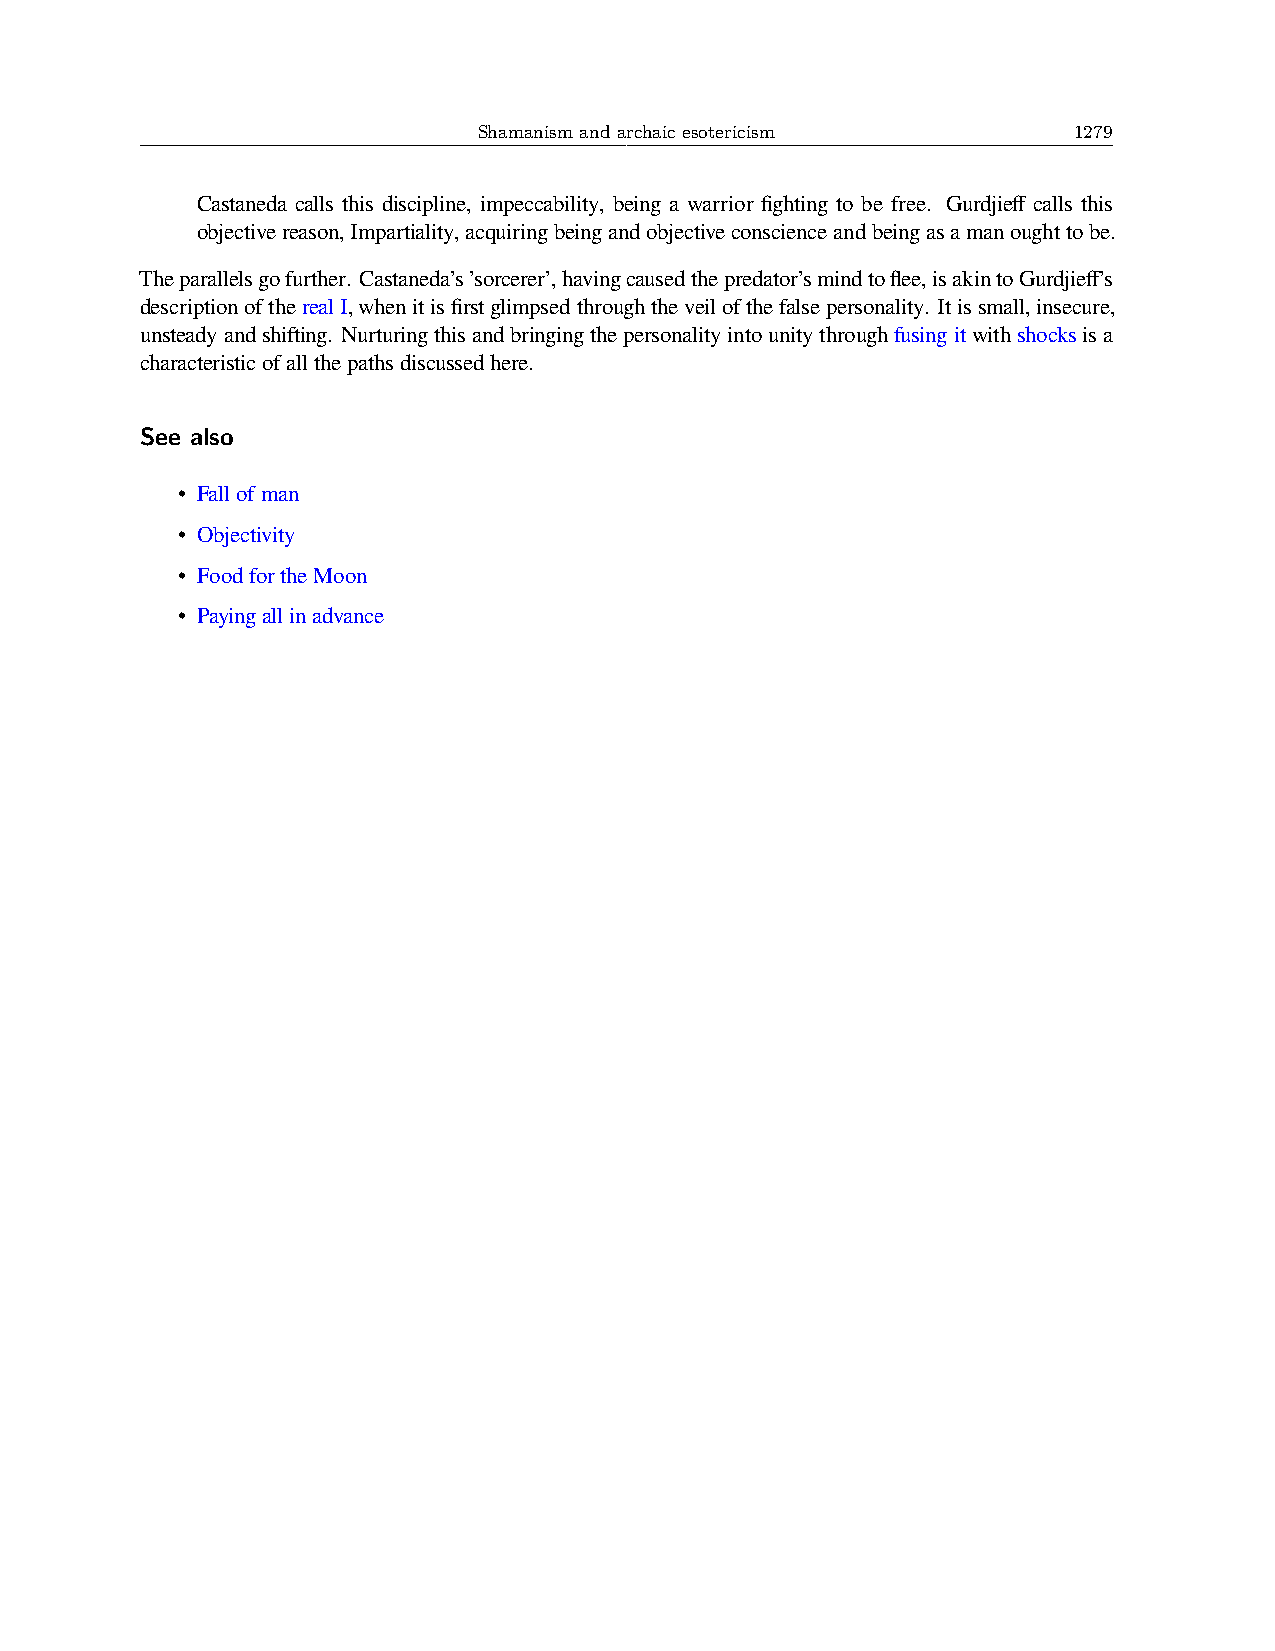
Shamanism and archaic esotericism      1279
 Castaneda calls this discipline, impeccability, being a warrior fighting to be free. Gurdjieff calls this
 objectivereason,Impartiality,acquiringbeingandobjectiveconscienceandbeingasamanoughttobe.
 Theparallelsgofurther. Castaneda’s’sorcerer’,havingcausedthepredator’smindtoflee,isakintoGurdjieff’s
 descriptionoftherealI,whenitisfirstglimpsedthroughtheveilofthefalsepersonality. Itissmall,insecure,
 unsteadyandshifting. Nurturingthisandbringingthepersonalityintounitythroughfusingitwithshocksisa
 characteristicofallthepathsdiscussedhere.
 See also
 • Fallofman
 • Objectivity
 • FoodfortheMoon
 • Payingallinadvance